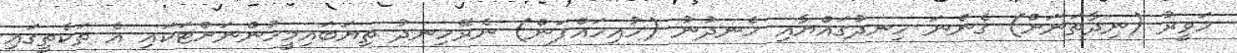
ހަވީރު (ނިދާތަނަށް) ގެންނަ ހިނދުގައްޔާއި ހެނދުނު (ހުއިހައްޕަން) ނެރޭހިނދު ތިޔަބައިމީހުންނަށްޓަކައި އެ ތަކެތީގައި